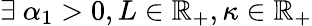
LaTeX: \exists\ \alpha_{1}>0,L\in\mathbb{R}_{+},\kappa\in\mathbb{R}_{+}